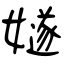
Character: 嬘